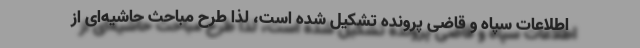
اطلاعات سپاه و قاضی پرونده تشکیل شده است، لذا طرح مباحث حاشیه‌ای از